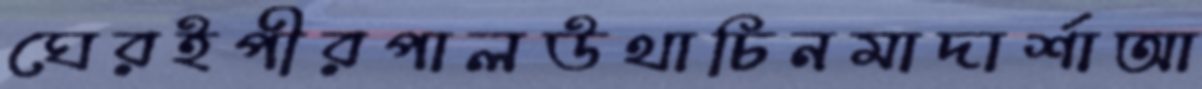
ঘেরইপীরপালউথাচিনমাদার্শাআ